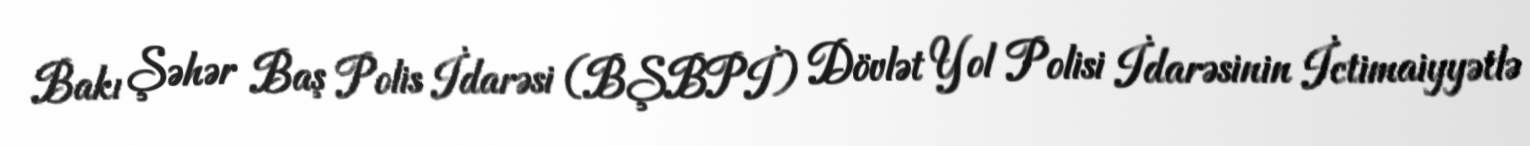
Bakı Şəhər Baş Polis İdarəsi (BŞBPİ) Dövlət Yol Polisi İdarəsinin İctimaiyyətlə